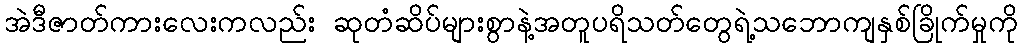
အဲဒီဇာတ်ကားလေးကလည်း ဆုတံဆိပ်များစွာနဲ့အတူပရိသတ်တွေရဲ့သဘောကျနှစ်ခြိုက်မှုကို